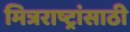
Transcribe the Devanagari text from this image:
मित्रराष्ट्रांसाठी